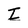
Character: I